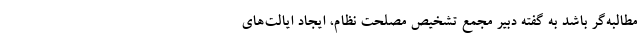
مطالبه‌گر باشد به گفته دبیر مجمع تشخیص مصلحت نظام، ایجاد ایالت‌های